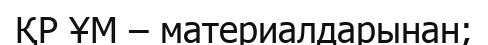
ҚР ҰМ – материалдарынан;